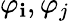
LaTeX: \varphi_{\mathbf{i}},\varphi_{j}